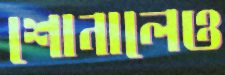
শোনালেও